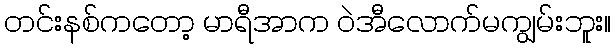
တင်းနစ်ကတော့ မာရီအာက ဝဲအီလောက်မကျွမ်းဘူး။